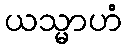
ယသ္မာဟံ